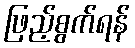
ဖြည့်စွက်ရန်